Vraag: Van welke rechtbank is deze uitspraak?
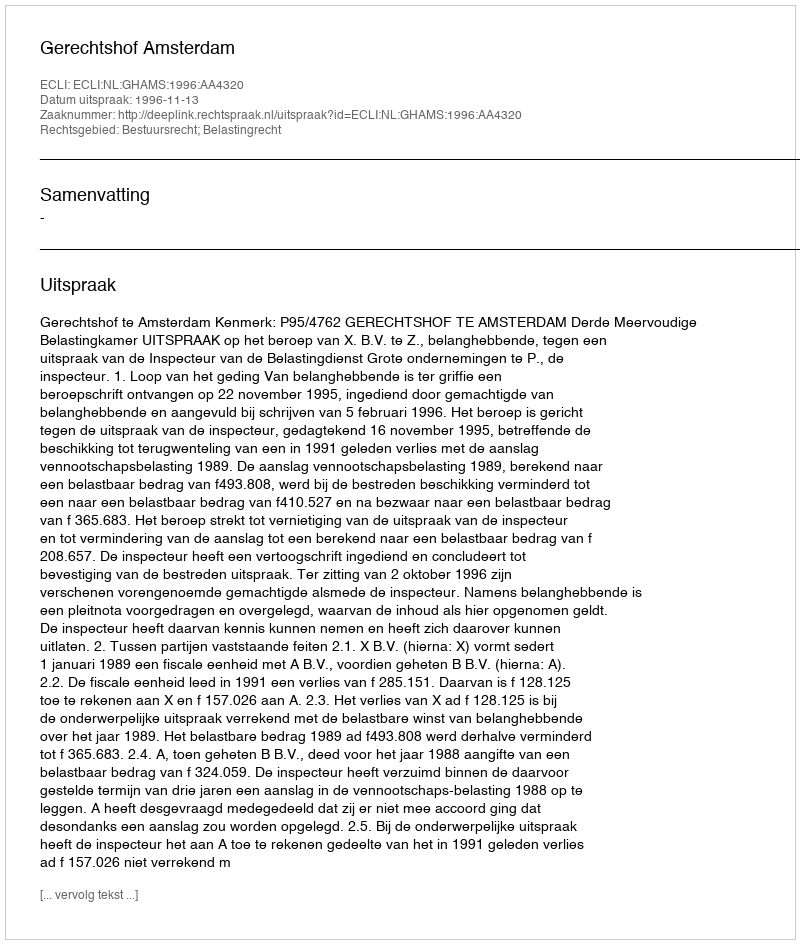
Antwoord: Gerechtshof Amsterdam